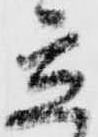
立